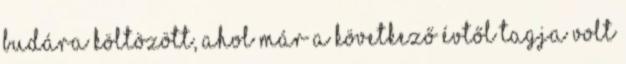
Budára költözött, ahol már a következő évtől tagja volt